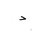
Letter: _dal